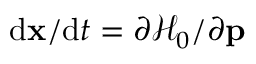
\mathrm { d } \mathbf { x } / \mathrm { d } t = \partial \mathcal { H } _ { 0 } / \partial \mathbf { p }